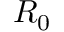
R _ { 0 }